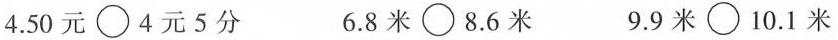
4.50元\bigcirc4元5分 6.8米\bigcirc8.6米 9.9米\bigcirc10.1米